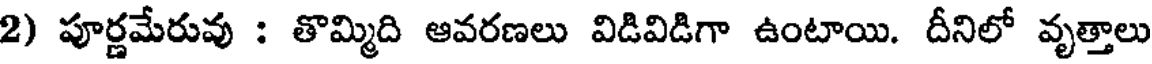
2) పూర్ణమేరువు : తొమ్మిది ఆవరణలు విడివిడిగా ఉంటాయి. దీనిలో వృత్తాలు